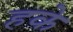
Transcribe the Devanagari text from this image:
हके